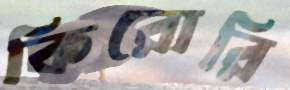
কিরোরি